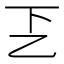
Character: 乤